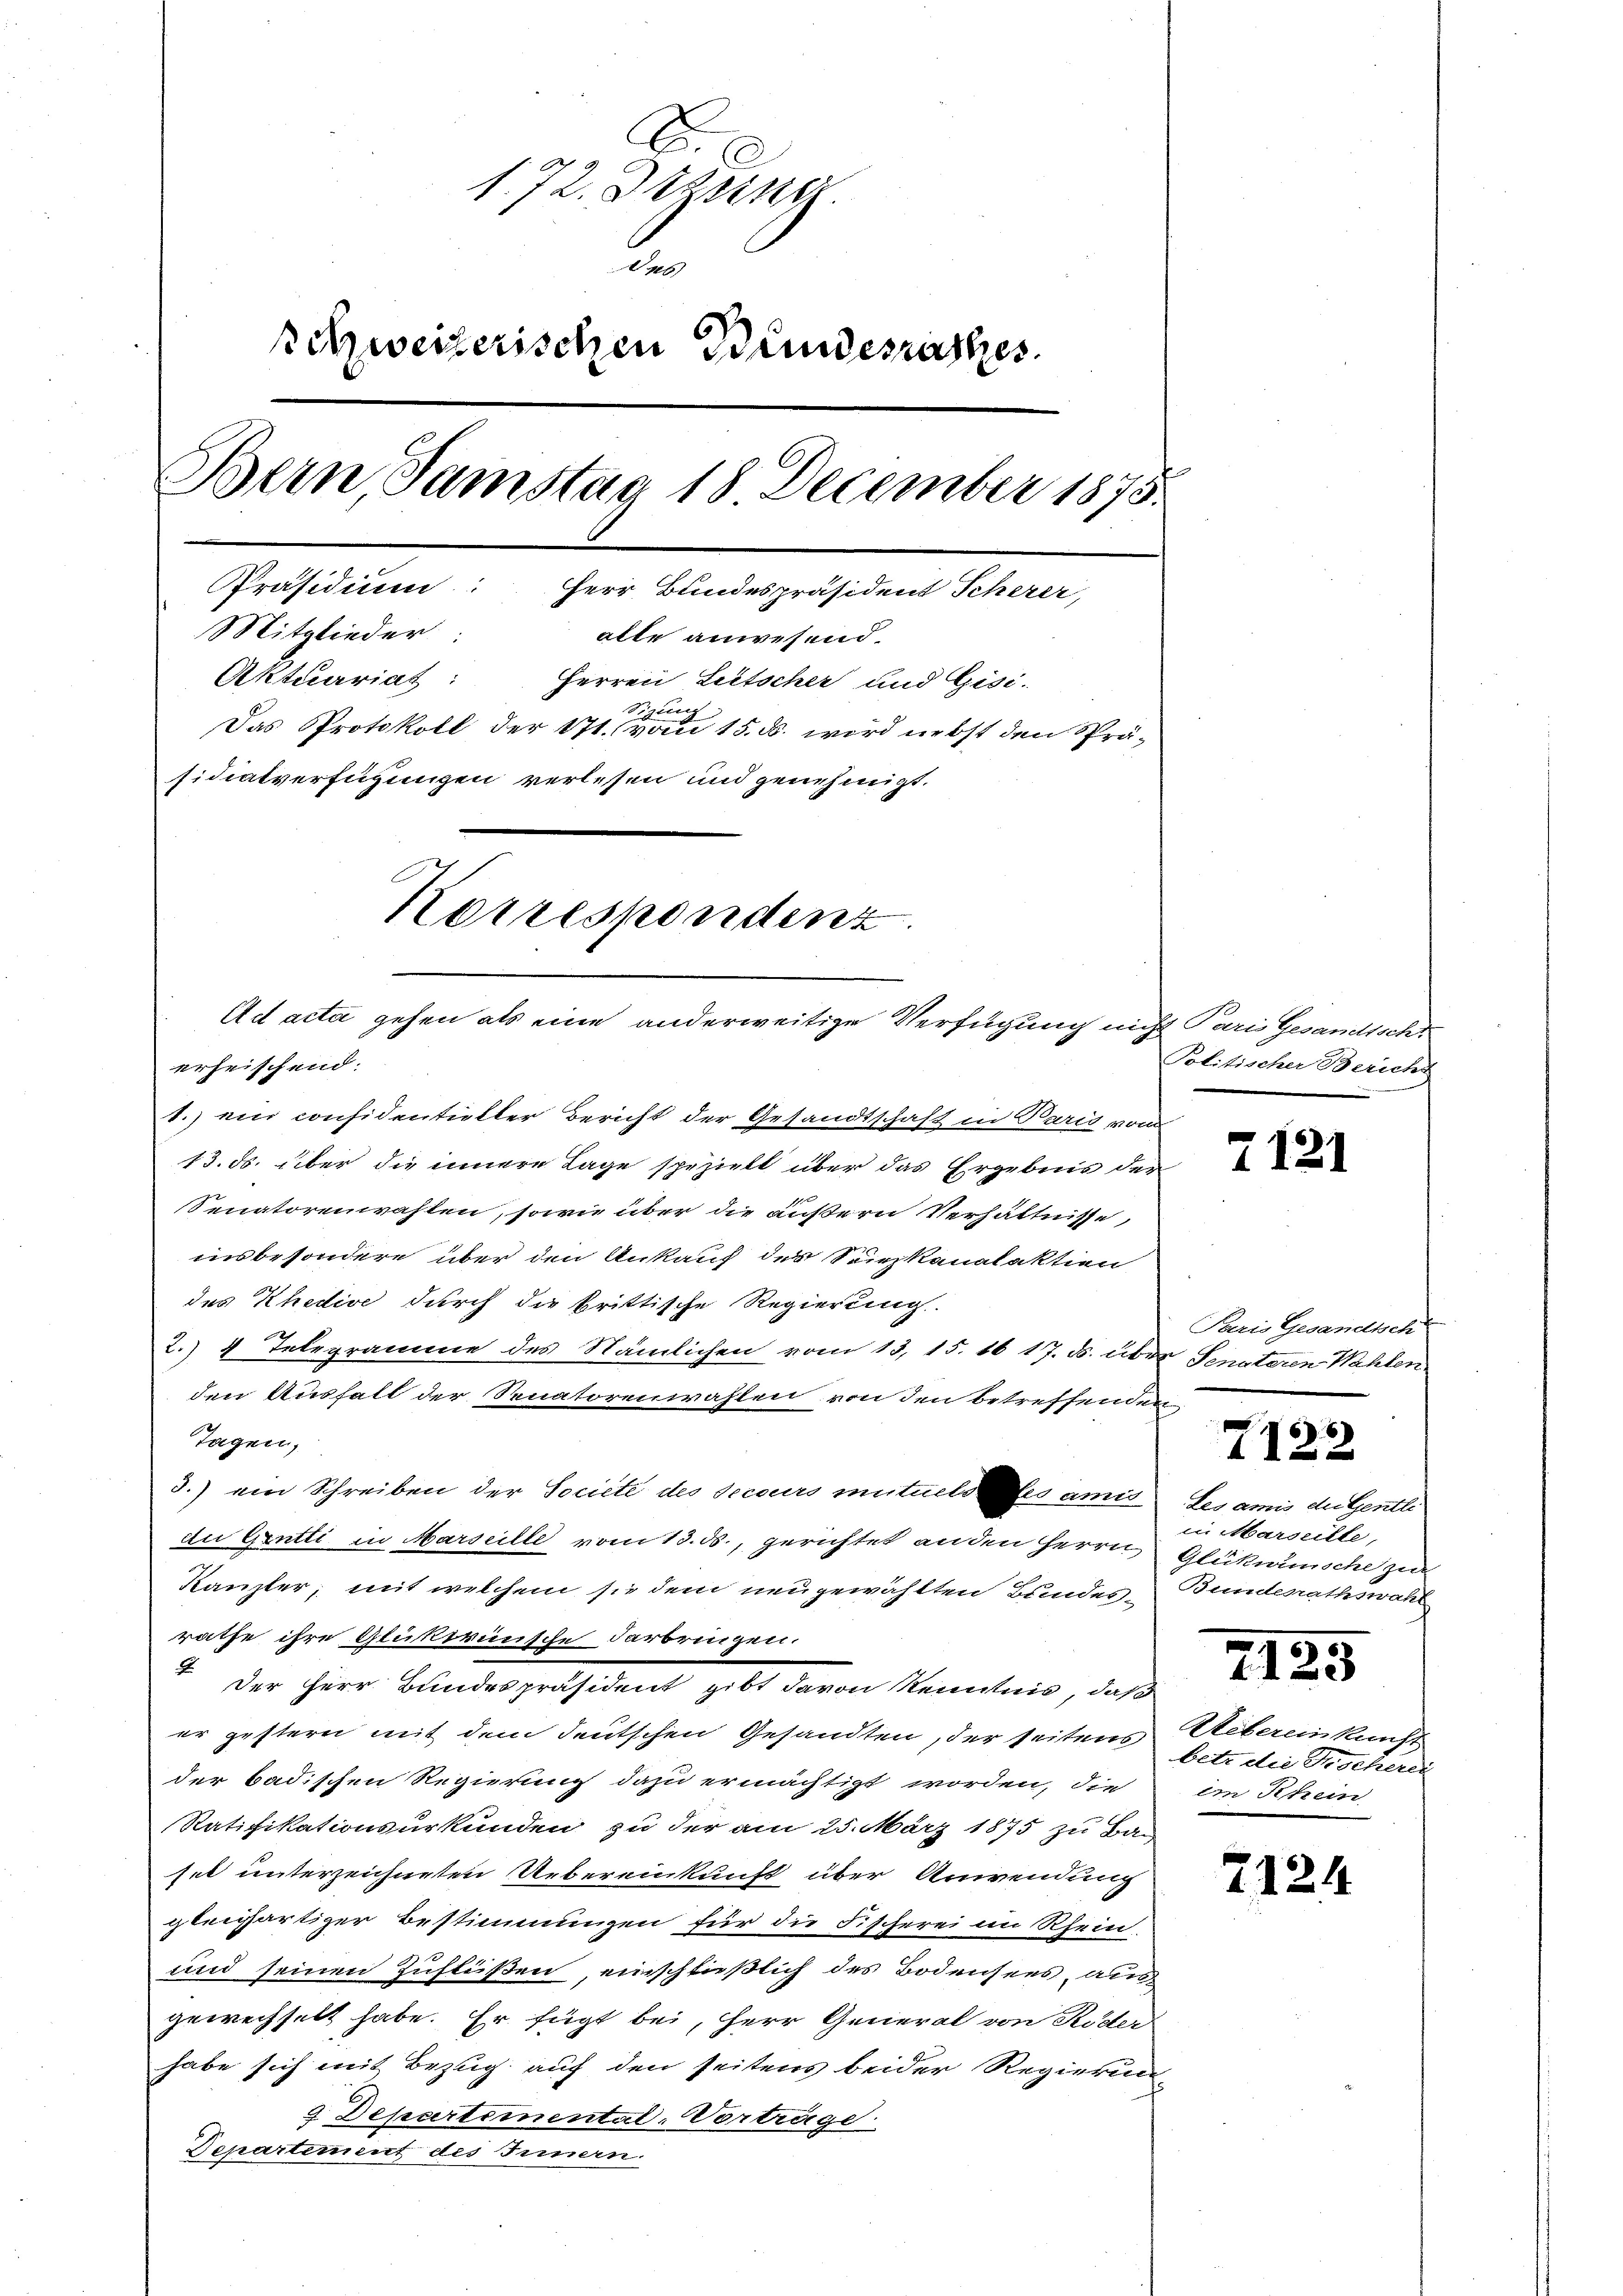
172. Diens
46
Schweizerischen Bundesrathes.
Bern Samstag 18 December 1875.
Präsidium: Herr Bundespräsident Scherer,
Mitglieder:
alle anwesend.
Aktuariat: Herren Litscher und Gisi-
gte
Das Protokoll der 171. vom 15. ds. wird nebst den Spräsidiatverfügungen verlesen und genehmigt.
Korrespondenz
Ad acta gehen als eine anderweitige Verfügung nicht Paris Gesandtscht

erheischend:

1.) ein considentieller Bericht der Gesandtschaft in Paris von
13. ds. über die innere Lage speziell über das Ergebnis der
Senatorenwahlen, sowie über die äußern Verhältnisse,
insbesondere über den Ankauf der Seirzkanalaktien
des Khedive durch die brittische Regierung
2.) 4 Telegramme des Nämlichen vom 13. 15. 16 17. ds. über Senateren Wahlen
den Ausfall der Senatorenwahlen von den betreffenden
Tagen,
3.) ein Schreiben der Societe des secours mutuels es amis
die Erntti in Marseille vom 13. ds., gerichtet anden Herrn
Kanzler, mit welchem sie dem neugewählten Bundesrathe ihre Glükwünsche darbrigen.
4. Der Herr Blindespräsident gilt davon Kenntnis, daß
er gestern mit dem deutschen Gesandten, der seitens
der badischen Regierung dazu ermächtigt worden, die
Ratifikationsurkunden zu der am 25. März 1875 zu Ba-
set unterzeichneten Uebereinkunft über Anwendung
gleichartiger Bestimmungen für die Fischerei im Rhein
und seinen Zuflüßen, einschließlich des Bodensees, ausgewechselt habe. Er fügt bei, Herr General von Röder
habe sich mit Bezug auf den seitens beider Regierung
2 Departemental-Vorträge.
Departement des Trinern.

Politischer Bericht

2121

Paris Gesandtsch

6
122

Les amis du sentli
in Marseille,
Glükwünsche zur
Bundesrathswahl

7425

7124

Uebereinkunft
betr. die Fischerei
im Rhein